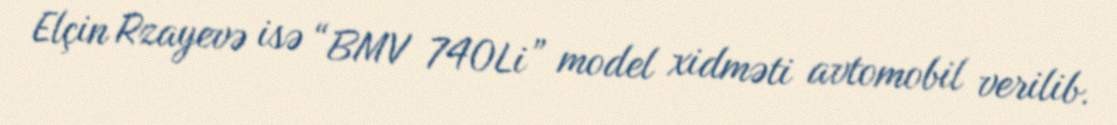
Elçin Rzayevə isə “BMV 740Li” model xidməti avtomobil verilib.